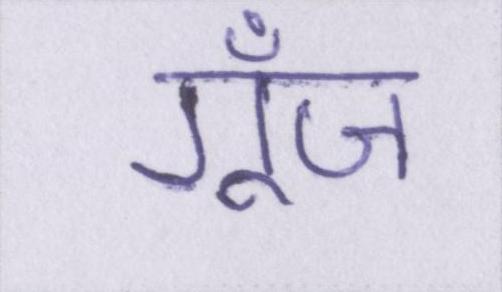
गूँज